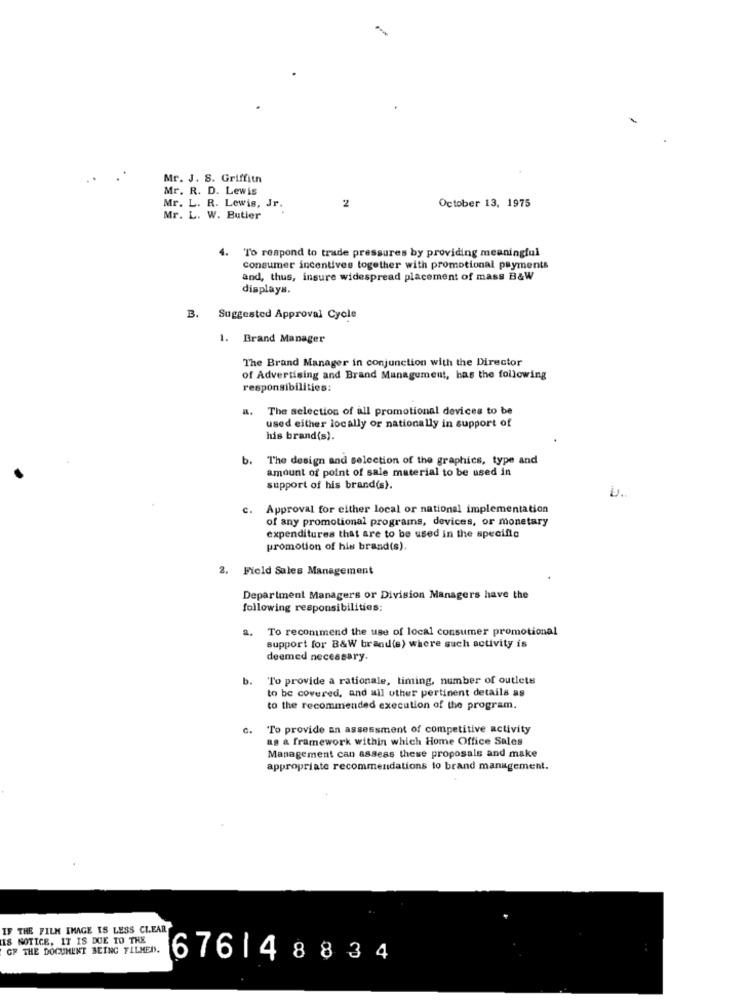
Mr. J. S. Griffith
Mr. R. D. Lewis
October 13, 1975
Mr. L. R. Lewis, Jr.
2
Mr. L. W. Butier
4.
To respond to trade pressures by providing meaningful
consumer incentives together with promotional payments
and, thus, insure widespread placement of mass B&W
displays.
B. Suggested Approval Cycle
Brand Manager
The Brand Manager in conjunction with the Director
of Advertising and Brand Management, has the following
responsibilities:
The selection of all promotional devices to be
used either locally or nationally in support of
his brand(s).
b.
The design and selection of the graphics, type and
amount of point of sale material to be used in
support of his brand(s).
c. Approval for either local or national implementation
of any promotional programs, devices, or monetary
expenditures that are to be used in the specific
promotion of his brand(s).
Field Sales Management
Department Managers or Division Managers have the
following responsibilities:
a. To recommend the use of local consumer promotional
support for B&W brand(s) where such activity is
deemed necessary.
b.
To provide a rationale, timing, number of outlets
to be covered, and all uther pertinent details as
to the recommended execution of the program.
To provide an assessment of competitive activity
as & framework within which Home Office Sales
Management can assess these proposals and make
appropriate recommendations to brand management.
IF THE FILM IMAGE IS LESS CLEAR
IS NOTICE, IT IS DUE TO THE
OF THE DOCUMENT BEING FILMEN.
6761 48834